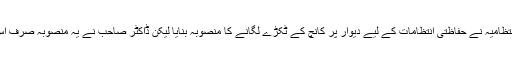
ڈاکٹر صاحب جب ڈیفنس ریسرچ اینڈ ڈویلپمنٹ آرگنائزیشن سے وابستہ تھے تو انتظامیہ نے حفاظتی انتظامات کے لیے دیوار پر کانچ کے ٹکڑے لگانے کا منصوبہ بنایا لیکن ڈاکٹر صاحب نے یہ منصوبہ صرف اس وجہ سے رد کر دیا کہ پرندوں کو دیوار پر بیٹھنے میں مشکلات پیش آئیں گی۔